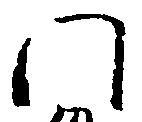
門